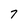
Character: 7